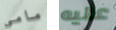
مامي عليه